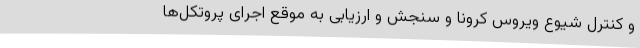
و کنترل شیوع ویروس کرونا و سنجش و ارزیابی به موقع اجرای پروتکل‌ها